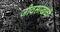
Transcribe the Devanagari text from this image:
जीवसाखळी